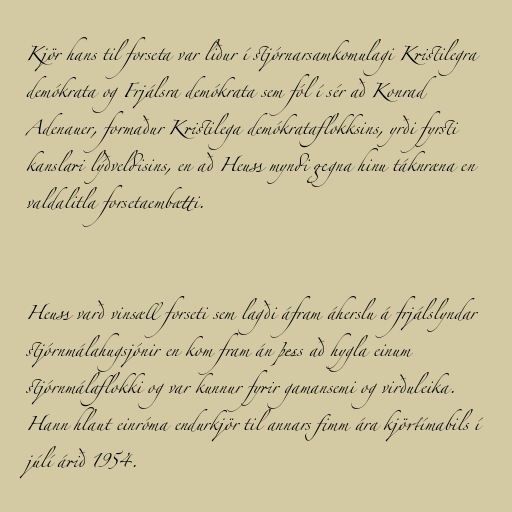
Kjör hans til forseta var liður í stjórnarsamkomulagi Kristilegra
demókrata og Frjálsra demókrata sem fól í sér að Konrad
Adenauer, formaður Kristilega demókrataflokksins, yrði fyrsti
kanslari lýðveldisins, en að Heuss myndi gegna hinu táknræna en
valdalitla forsetaembætti.

Heuss varð vinsæll forseti sem lagði áfram áherslu á frjálslyndar
stjórnmálahugsjónir en kom fram án þess að hygla einum
stjórnmálaflokki og var kunnur fyrir gamansemi og virðuleika.
Hann hlaut einróma endurkjör til annars fimm ára kjörtímabils í
júlí árið 1954.